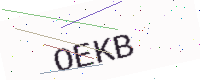
Text: OEKB